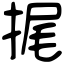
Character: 捤